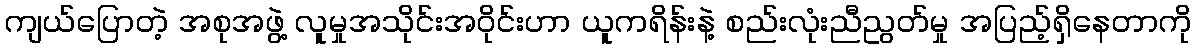
ကျယ်ပြောတဲ့ အစုအဖွဲ့ လူမှုအသိုင်းအဝိုင်းဟာ ယူကရိန်းနဲ့ စည်းလုံးညီညွတ်မှု အပြည့်ရှိနေတာကို